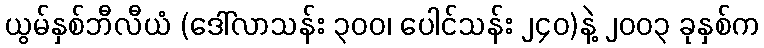
ယွမ်နှစ်ဘီလီယံ (ဒေါ်လာသန်း ၃၀၀၊ ပေါင်သန်း ၂၄၀)နဲ့ ၂၀၀၃ ခုနှစ်က